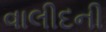
વાલીદની